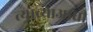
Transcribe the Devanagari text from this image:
त्याच्याआधी